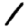
Digit: 1